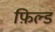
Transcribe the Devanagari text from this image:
फ़िल्ड